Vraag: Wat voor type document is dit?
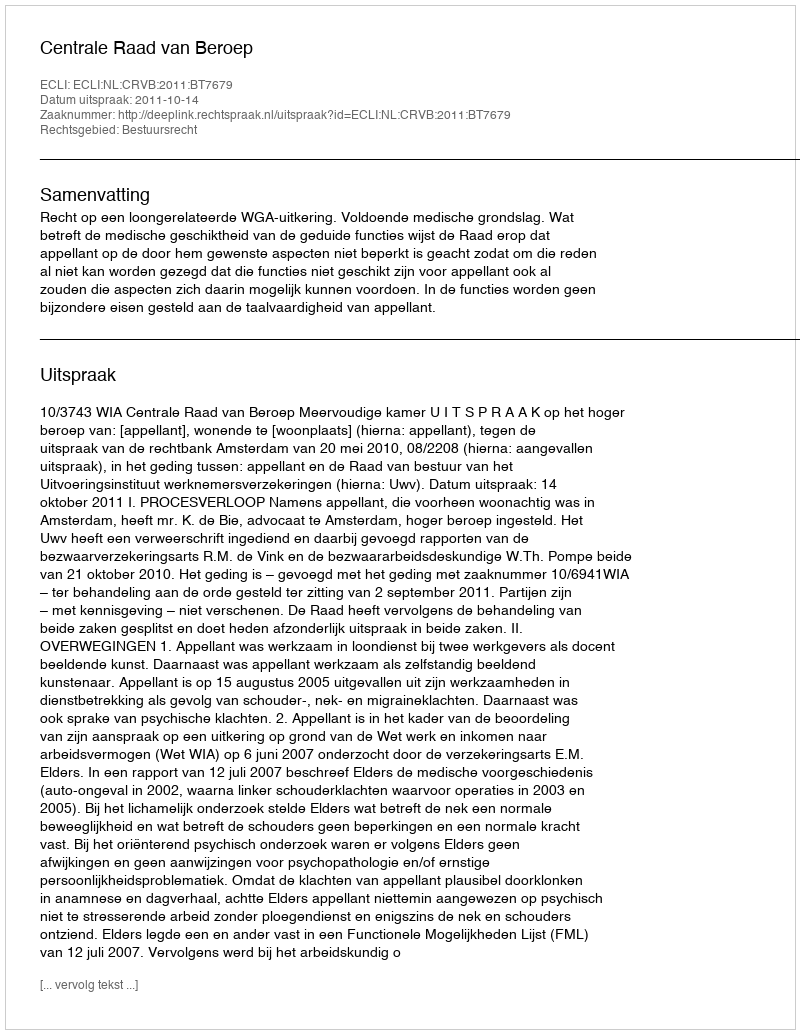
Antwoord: Uitspraak